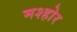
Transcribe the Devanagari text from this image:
मश्होर